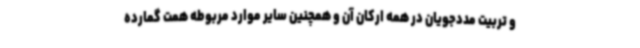
و تربیت مددجویان در همه ارکان آن و همچنین سایر موارد مربوطه همت گمارده